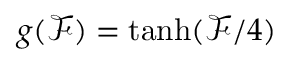
g ( \mathcal { F } ) = \operatorname { t a n h } ( \mathcal { F } / 4 )